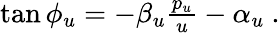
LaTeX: \begin{array}{r}{\tan{\phi_{u}}=-\beta_{u}\frac{p_{u}}{u}-\alpha_{u}\ .}\end{array}